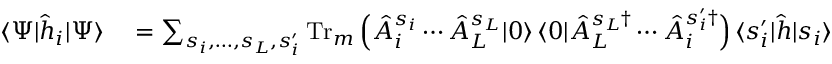
\begin{array} { r l } { \langle \Psi | \hat { h } _ { i } | \Psi \rangle } & { { } \stackrel { } { = } \sum _ { s _ { i } , \dotsc , s _ { L } , s _ { i } ^ { \prime } } \operatorname { T r } _ { m } \Big ( \hat { A } _ { i } ^ { s _ { i } } \dotsb \hat { A } _ { L } ^ { s _ { L } } | 0 \rangle \, \langle 0 | \hat { A } _ { L } ^ { s _ { L } \dag } \dotsb \hat { A } _ { i } ^ { s _ { i } ^ { \prime } \dag } \Big ) \, \langle s _ { i } ^ { \prime } | \hat { h } | s _ { i } \rangle } \end{array}